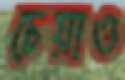
চেয়াও